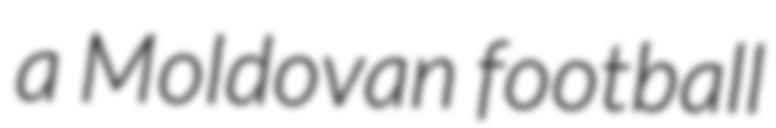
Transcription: a Moldovan football